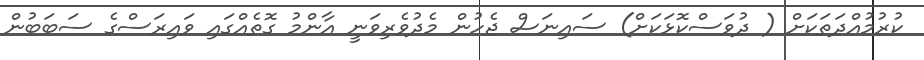
ކުރުމުއްދަތަކަށް ( ދުވަސްކޮޅަކަށް) ސައިނަސް ޖެހުން މެދުވެރިވަނީ އާންމު ގޮތެއްގައި ވައިރަސްގެ ސަބަބުން